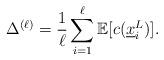
LaTeX: \begin{align*}\Delta^{(\ell)}= \frac{1}{\ell} \sum_{i=1}^{\ell} \mathbb{E}[ c( \underline x_i^L)]. \end{align*}